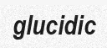
glucidic